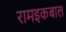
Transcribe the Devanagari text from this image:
रामइकबाल